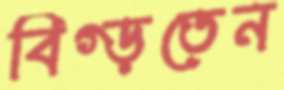
বিগ্‌ড়তেন